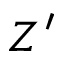
Z ^ { \prime }